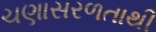
ચણાસરળતાથી